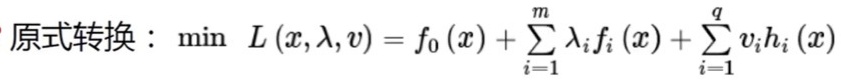
原式转换：$\min\ L(x,\lambda,v)=f_0(x)+\sum_{i = 1}^{m}\lambda_i f_i(x)+\sum_{i = 1}^{q}v_i h_i(x)$